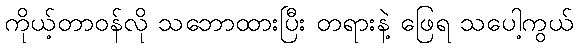
ကိုယ့်တာဝန်လို သဘောထားပြီး တရားနဲ့ ဖြေရ သပေါ့ကွယ်